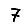
Digit: 7